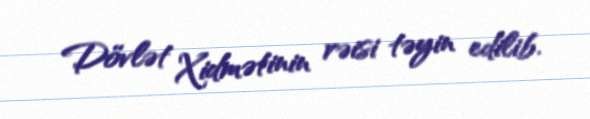
Dövlət Xidmətinin rəisi təyin edilib.